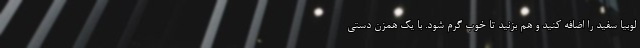
لوبیا سفید را اضافه کنید و هم بزنید تا خوب گرم شود. با یک همزن دستی